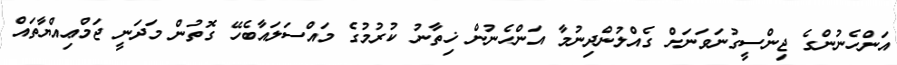
އަންހެނުންގެ ޖިންސީގުނަވަނަށް ގެއްލުންދިނުމާ އަންހެނުން ޚިތާނު ކުރުމުގެ މައްސަލައާބެހޭ ގޮތުން މަދަނީ ޖަމްޢިއްޔާތައް